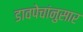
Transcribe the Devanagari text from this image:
डावपेचांनुसार